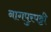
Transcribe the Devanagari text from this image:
नागपुरपट्टी